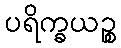
ပရိက္ခယဉ္စ